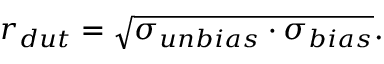
r _ { d u t } = \sqrt { \sigma _ { u n b i a s } \cdot \sigma _ { b i a s } } .